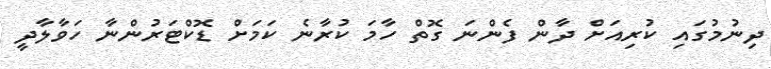
ދިނުމުގައި ކުރިއަށް ދާން ފެންނަ ގޮތް ހާމަ ކުރާނެ ކަމަށް ޑޮކްޓަރުންނާ ހަވާލާދީ